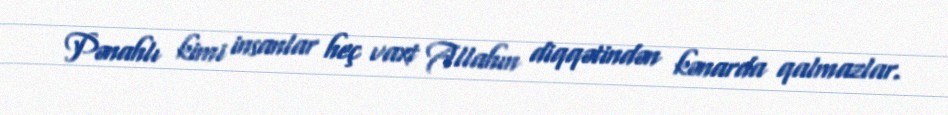
Pənahlı kimi insanlar heç vaxt Allahın diqqətindən kənarda qalmazlar.